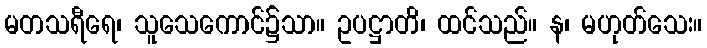
မတသရီရေ၊ သူသေကောင်၌သာ။ ဥပဋ္ဌာတိ၊ ထင်သည်။ န၊ မဟုတ်သေး။